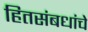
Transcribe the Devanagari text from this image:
हितसंबधांचे